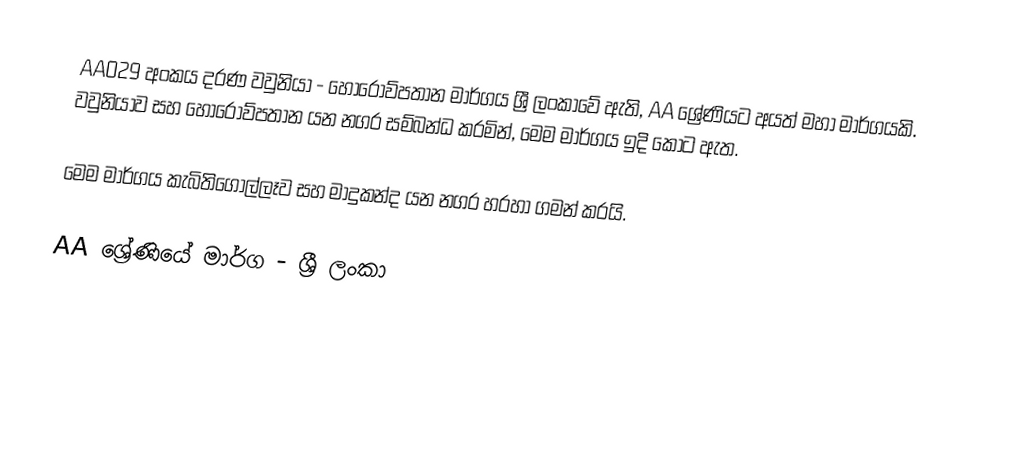
AA029 අංකය දරණ වවුනියා - හොරොව්පතාන මාර්ගය ශ්‍රී ලංකාවේ ඇති, AA ශ්‍රේණියට අයත් මහා මාර්ගයකි. වවුනියාව සහ හොරොව්පතාන යන නගර සම්බන්ධ කරමින්, මෙම මාර්ගය ඉදි කොට ඇත.

මෙම මාර්ගය කැබිතිගොල්ලෑව සහ මාදුකන්ද යන නගර හරහා ගමන් කරයි.

AA ශ්‍රේණියේ මාර්ග - ශ්‍රී ලංකා